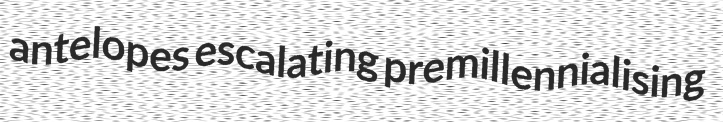
antelopes escalating premillennialising